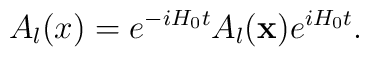
A_l(x) = e^{-iH_0t}A_l({\bf x})e^{iH_0t}.